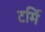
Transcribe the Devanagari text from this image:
टर्मि